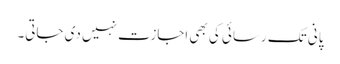
پانی تک رسائی کی بھی اجازت نہیں دی جاتی۔